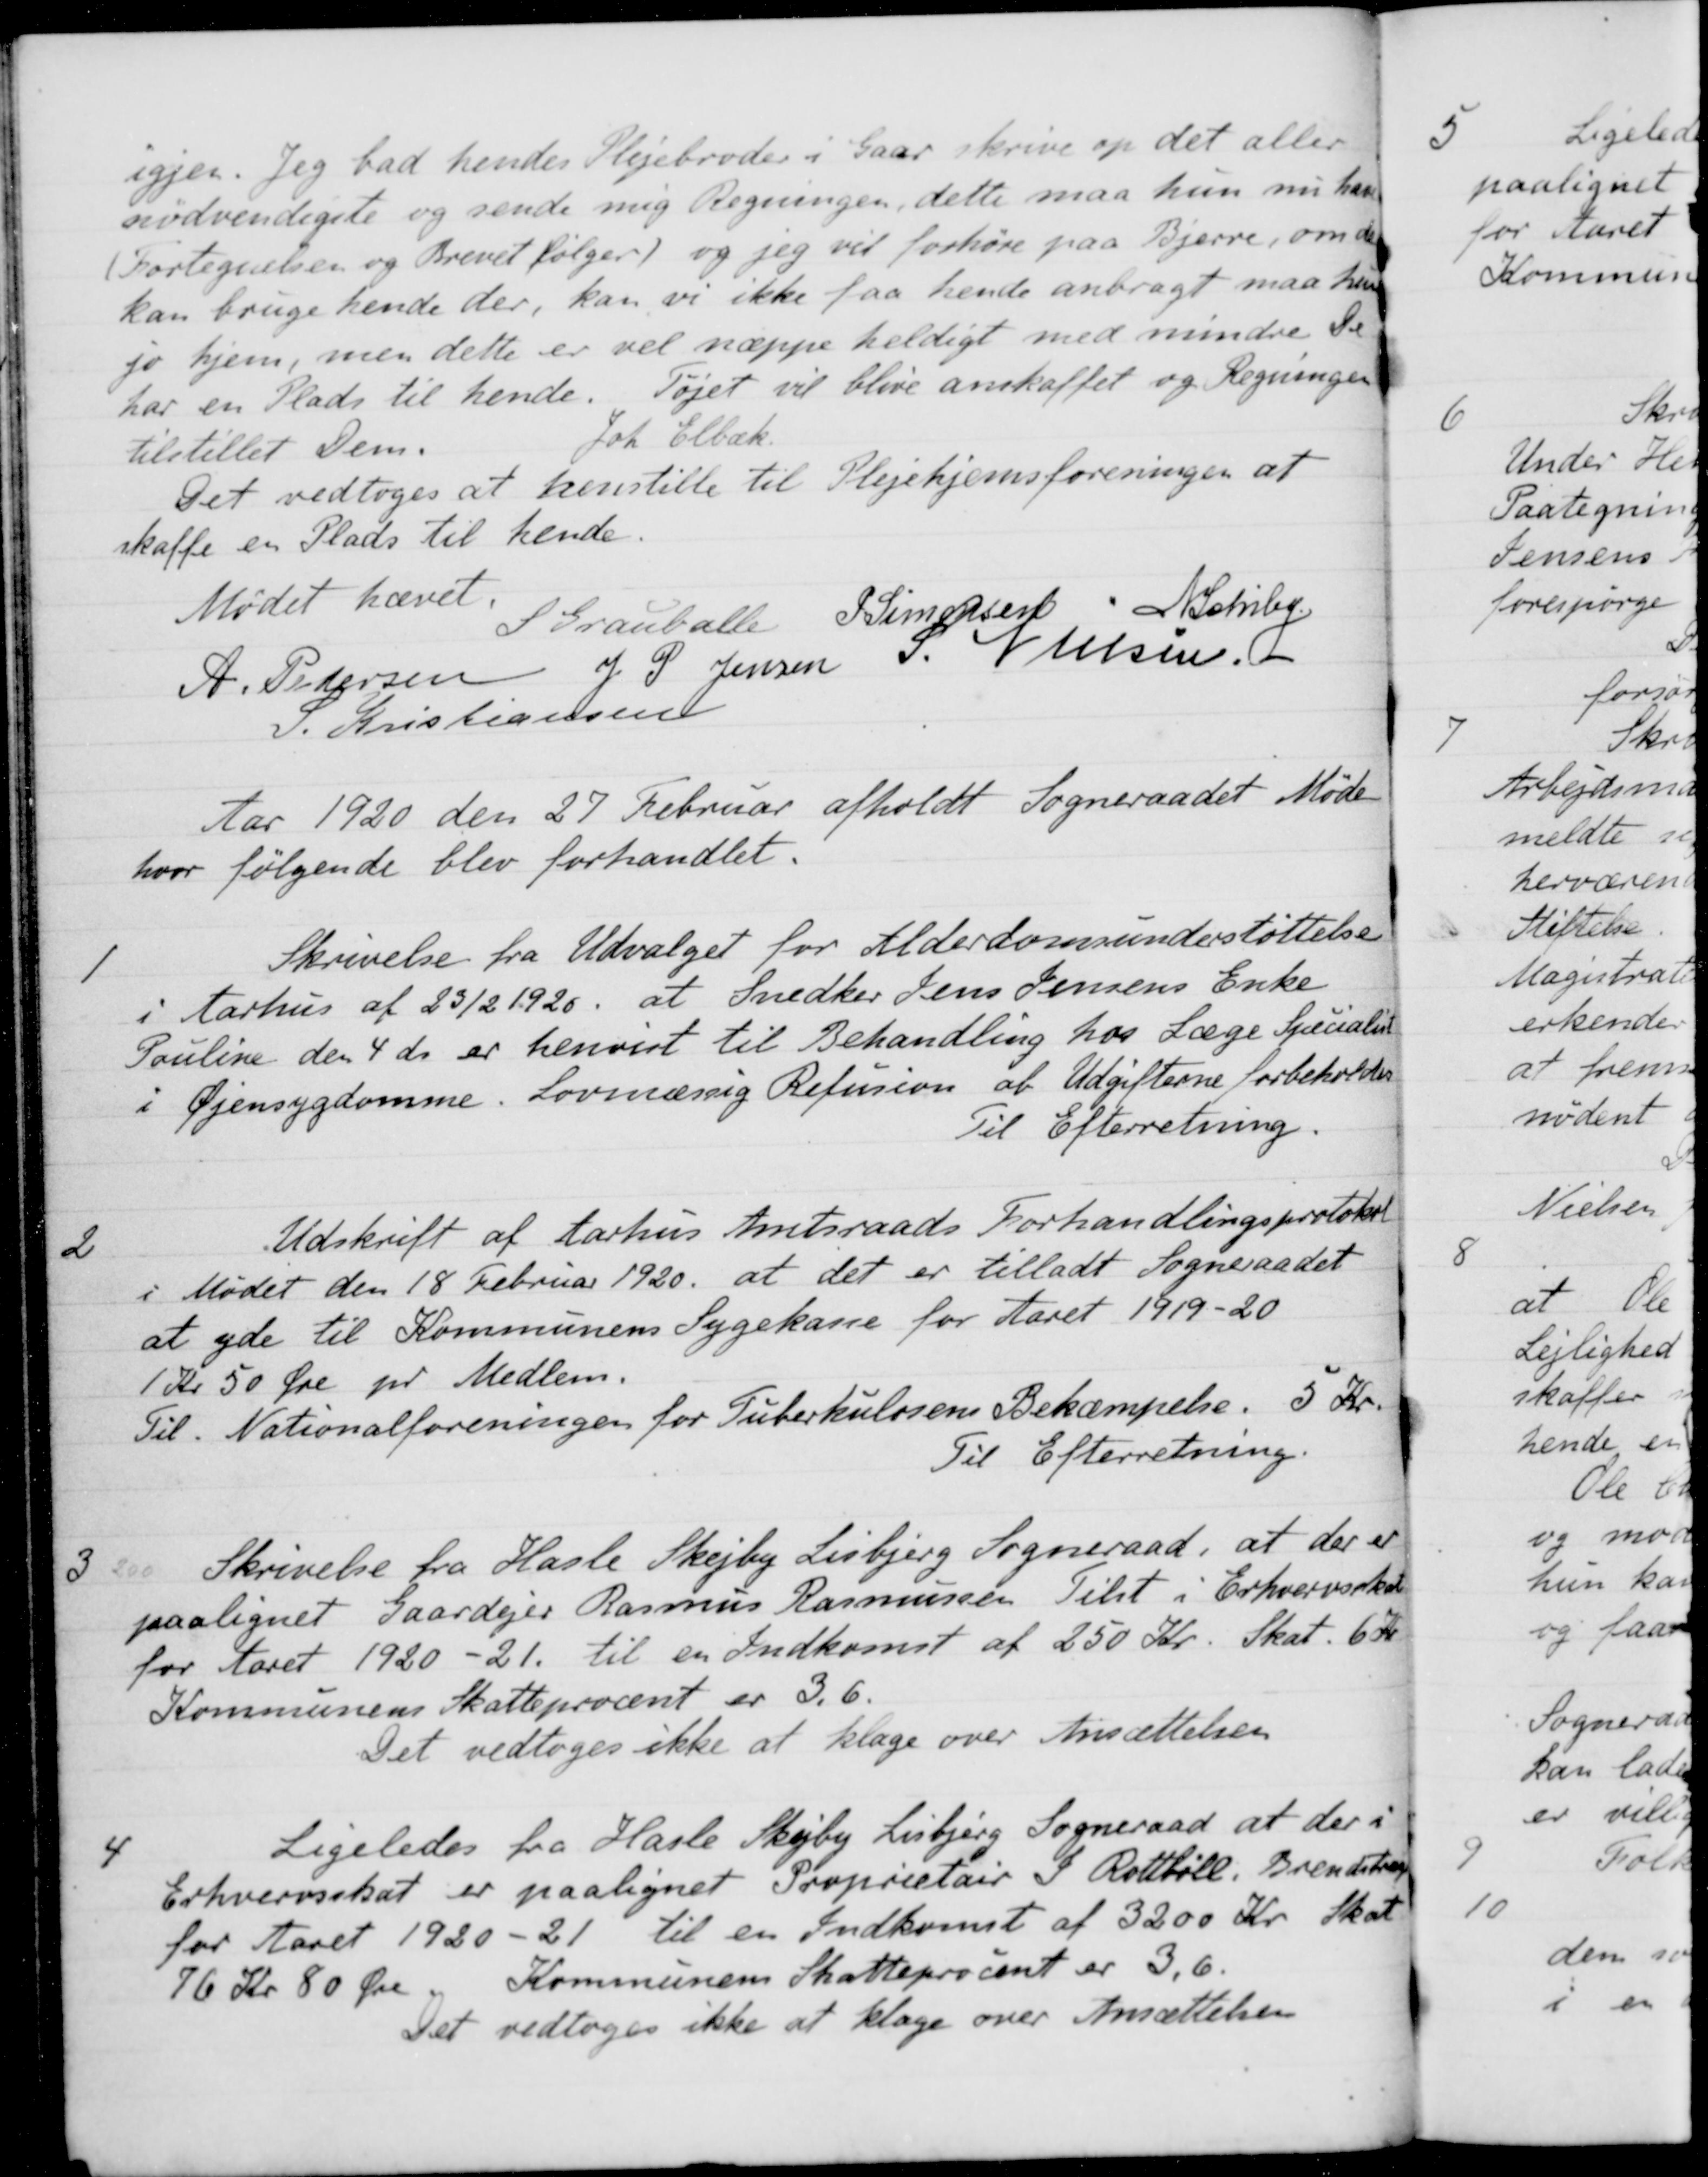
Transskription:
igjen. Jeg bad hendes Plejebroder i Gaar skrive op det aller-
nødvendigste og sende mig Regningen, dette maa hun nu have
(Fortegnelsen og Brevet følger) og jeg vil forhøre paa Bjerre, om de
kan bruge hende der, kan vi ikke faa hende anbragt maa hun
jo hjem, men dette er vel næppe heldigt med mindre De
har en Plads til hende. Tøjet vil blive anskaffet og Regninger
tilstillet Dem.
Joh. Elbæk.
Det vedtoges at henstille til Plejehjemsforeningen at
skaffe en Plads til hende.
Mødet hævet.
S Grauballe
P Simonsen
N. Schiby
A. Pedersen
J. P. Jensen
S. Nielsen
S. Kristiansen
Aar 1920 den 27 Februar afholdt Sogneraadet Møde
hvor følgende blev forhandlet.
1
Skrivelse fra Udvalget for Alderdomsunderstøttelse
i Aarhus af 23/2 1920, at Snedker Jens Jensens Enke
Pouline den 4 ds er henvist til Behandling hos Læge Specialist
i Øjensygdomme. Lovmæssig Refusion af Udgifterne forbeholdes
Til Efterretning.
2
Udskrift af Aarhus Amtsraads Forhandlingsprotokol
i Mødet den 18 Februar 1920 at det er tilladt Sogneraadet
at yde til Kommunens Sygekasse for Aaret 1919-20
1 Kr 50 Øre pr Medlem.
Til. Nationalforeningen for Tuberkulosens Bekæmpelse. 5 Kr.
Til Efterretning.
3.
Skrivelse fra Hasle Skejby Lisbjerg Sogneraad, at der er
paalignet Gaardejer Rasmus Rasmussen Tilst i Erhvervsskat
for Aaret 1920-21 til en Indkomst af 250 Kr. Skat. 6 Kr
Kommunens Skatteprocent er 3.6.
Det vedtoges ikke at klage over Ansættelsen
4
Ligeledes fra Hasle Skejby Lisbjerg Sogneraad at der i
Erhvervsskat er paalignet Proprietair P. Rottbøll, Brendstrup
for Aaret 1920-21 til en Indkomst af 3200 Kr. skat
76 Kr 80 Øre Kommunens Skatteprocent er 3,6.
Det vedtoges ikke at klage over Ansættelsen